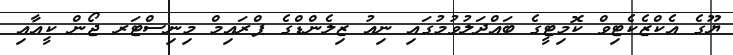
ޔޫގެ އެކްޒެކެޓިވް ކޮމިޓީގެ ބައްދަލުވުމުގައި ނިއު ޒިލެންޑްގެ ޕްރައިމް މިނިސްޓަރ ޖޯން ކީއާއި